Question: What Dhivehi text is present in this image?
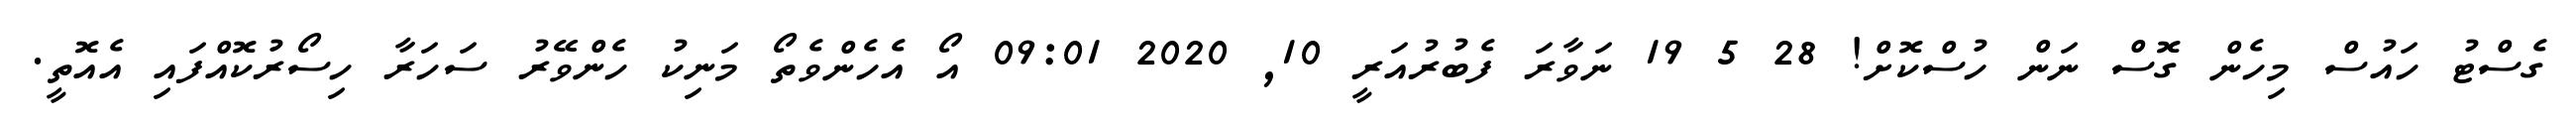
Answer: ގެސްޓު ހައުސް މިހެން ގޮސް ނަން ހުސްކޮށް! 28 5 19 ނަވާރަ ފެބުރުއަރީ 10, 2020 09:01 އޯ އެހެންވެތޯ މަނިކު ހެންވޭރު ސަހަރާ ހިސޯރުކޮއްފައި އެއޮތީ.